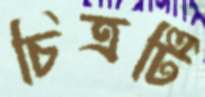
চিত্রটি